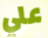
علي